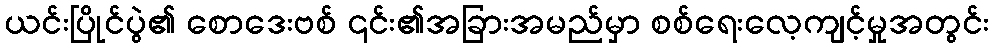
ယင်းပြိုင်ပွဲ၏ စောဒေးဗစ် ၎င်း၏အခြားအမည်မှာ စစ်ရေးလေ့ကျင့်မှုအတွင်း